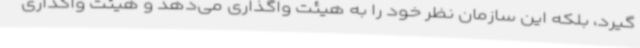
گیرد، بلکه این سازمان نظر خود را به هیئت واگذاری می‌دهد و هیئت واگذاری